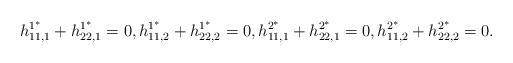
LaTeX: \begin{align*}h_{11,1}^{1^{*}}+h_{22,1}^{1^{*}}=0,h_{11,2}^{1^{*}}+h_{22,2}^{1^{*}}=0,h_{11,1}^{2^{*}}+h_{22,1}^{2^{*}}=0,h_{11,2}^{2^{*}}+h_{22,2}^{2^{*}}=0.\end{align*}